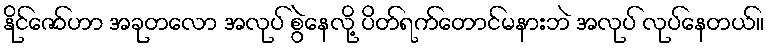
နိုင်ဇော်ဟာ အခုတလော အလုပ် စွဲနေလို့ ပိတ်ရက်တောင်မနားဘဲ အလုပ် လုပ်နေတယ်။